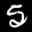
Label: 5